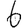
Digit: 6